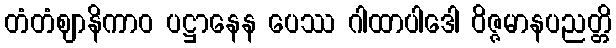
တံတံဈာနိကာဝ ပဋ္ဌာနေန ပေဿ ဂါထာပါဒေါ ဝိဇ္ဇမာနပညတ္တိ